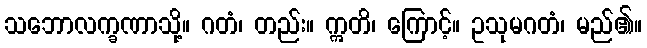
သဘောလက္ခဏာသို့။ ဂတံ၊ တည်း။ ဣတိ၊ ကြောင့်။ ဥသုမဂတံ၊ မည်၏။